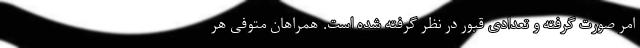
امر صورت گرفته و تعدادی قبور در نظر گرفته شده است. همراهان متوفی هر